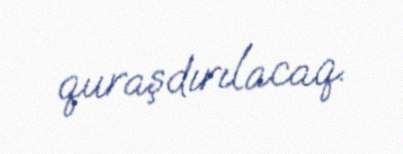
quraşdırılacaq.